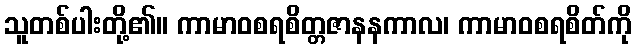
သူတစ်ပါးတို့၏။ ကာမာဝစရစိတ္တဇာနနကာလ၊ ကာမာဝစရစိတ်ကို